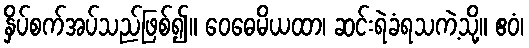
နှိပ်စက်အပ်သည်ဖြစ်၍။ ဝေဓေမိယထာ၊ ဆင်းရဲခံရသကဲ့သို့။ ဧဝံ၊